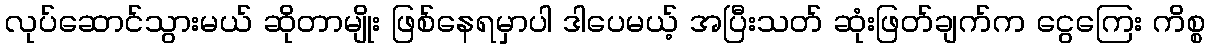
လုပ်ဆောင်သွားမယ် ဆိုတာမျိုး ဖြစ်နေရမှာပါ ဒါပေမယ့် အပြီးသတ် ဆုံးဖြတ်ချက်က ငွေကြေး ကိစ္စ